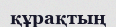
құрақтың